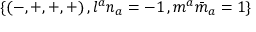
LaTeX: \{ ( - , + , + , + ) \, , l ^ { a } n _ { a } = - 1 \, , m ^ { a } { \bar { m } } _ { a } = 1 \}